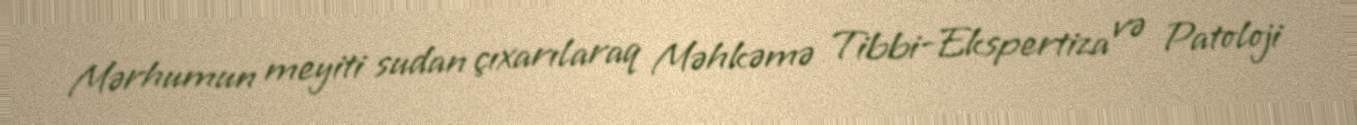
Mərhumun meyiti sudan çıxarılaraq Məhkəmə Tibbi-Ekspertiza və Patoloji